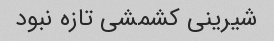
شیرینی کشمشی تازه نبود